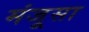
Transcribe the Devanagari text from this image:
मंजूसा